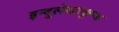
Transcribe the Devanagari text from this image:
इन्दुलेखाकुण्ड